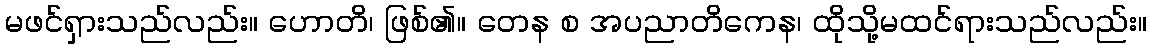
မဖင်ရှားသည်လည်း။ ဟောတိ၊ ဖြစ်၏။ တေန စ အပညာတိကေန၊ ထိုသို့မထင်ရားသည်လည်း။